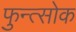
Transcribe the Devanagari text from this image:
फुन्त्सोक